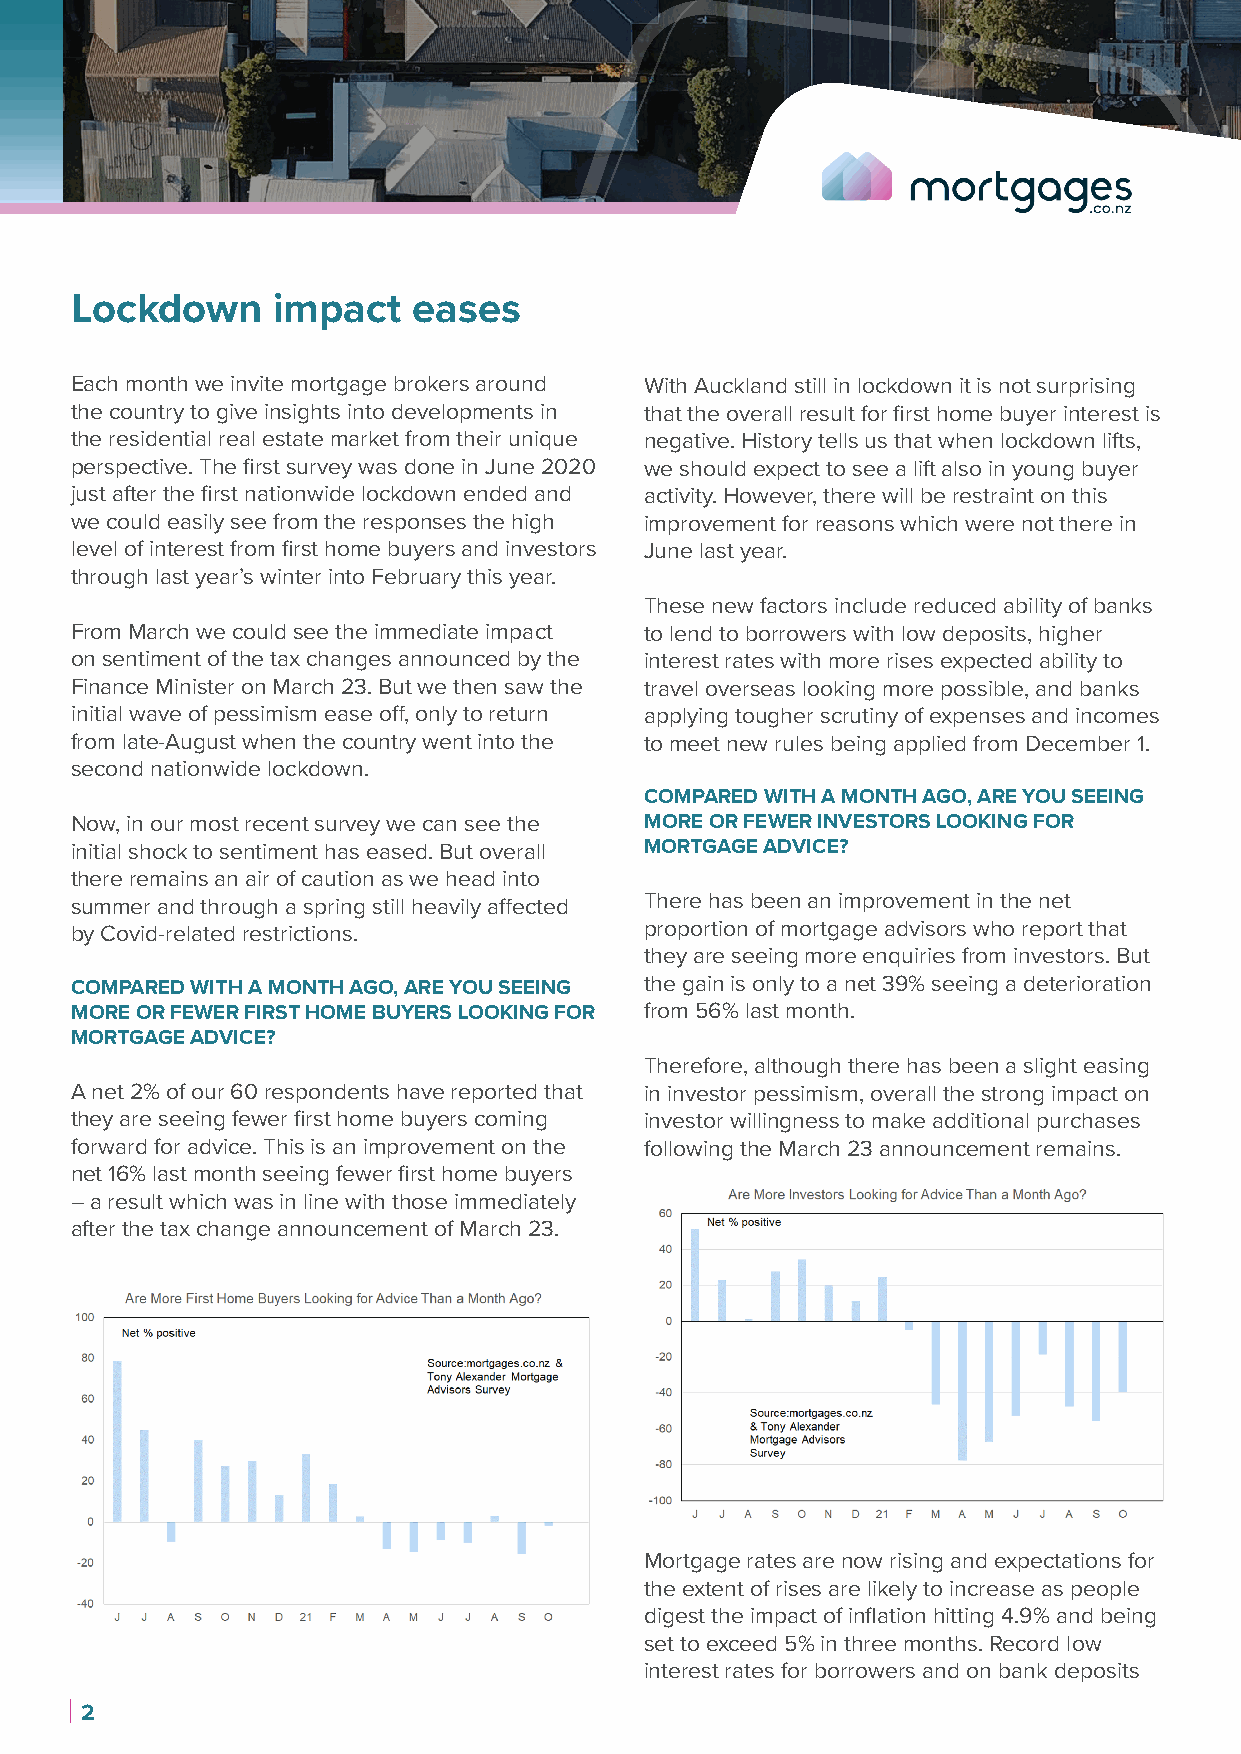
Lockdown     impact   eases
 Each month we invite mortgage brokers around With Auckland still in lockdown it is not surprising
 the country to give insights into developments in that the overall result for first home buyer interest is
 the residential real estate market from their unique negative. History tells us that when lockdown lifts,
 perspective. The first survey was done in June 2020 we should expect to see a lift also in young buyer
 just after the first nationwide lockdown ended and activity. However, there will be restraint on this
 we could easily see from the responses the high improvement for reasons which were not there in
 level of interest from first home buyers and investors June last year.
 through last year’s winter into February this year.
 These new factors include reduced ability of banks
 From March we could see the immediate impact to lend to borrowers with low deposits, higher
 on sentiment of the tax changes announced by the interest rates with more rises expected ability to
 Finance Minister on March 23. But we then saw the travel overseas looking more possible, and banks
 initial wave of pessimism ease off, only to return applying tougher scrutiny of expenses and incomes
 from late-August when the country went into the to meet new rules being applied from December 1.
 second nationwide lockdown.
 COMPARED WITH A MONTH AGO, ARE YOU SEEING
 Now, in our most recent survey we can see the MORE OR FEWER INVESTORS LOOKING FOR
 initial shock to sentiment has eased. But overall MORTGAGE ADVICE?
 there remains an air of caution as we head into
 summer and through a spring still heavily affected There has been an improvement in the net
 by Covid-related restrictions.        proportion of mortgage advisors who report that
 they are seeing more enquiries from investors. But
 COMPARED WITH A MONTH AGO, ARE YOU SEEING the gain is only to a net 39% seeing a deterioration
 MORE OR FEWER FIRST HOME BUYERS LOOKING FOR from 56% last month.
 MORTGAGE ADVICE?
 Therefore, although there has been a slight easing
 A net 2% of our 60 respondents have reported that in investor pessimism, overall the strong impact on
 they are seeing fewer first home buyers coming investor willingness to make additional purchases
 forward for advice. This is an improvement on the following the March 23 announcement remains.
 net 16% last month seeing fewer first home buyers
 – a result which was in line with those immediately
 after the tax change announcement of March 23.
 Mortgage rates are now rising and expectations for
 the extent of rises are likely to increase as people
 digest the impact of inflation hitting 4.9% and being
 set to exceed 5% in three months. Record low
 interest rates for borrowers and on bank deposits
 2